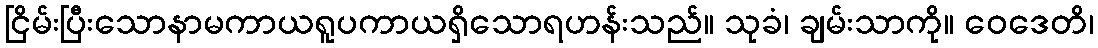
ငြိမ်းပြီးသောနာမကာယရူပကာယရှိသောရဟန်းသည်။ သုခံ၊ ချမ်းသာကို။ ဝေဒေတိ၊